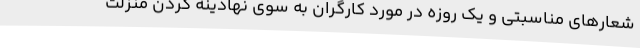
شعارهای مناسبتی و یک روزه در مورد کارگران به سوی نهادینه کردن منزلت